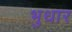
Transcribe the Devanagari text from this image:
भुधार